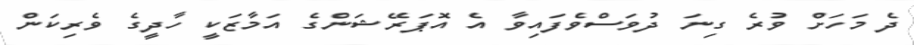
ދެ މަހަށް ވުރެ ގިނަ ދުވަސްވެފައިވާ އެ އޮޕަރޭޝަންގެ އަމާޒަކީ ހާދީގެ ވެރިކަން